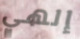
إلهي